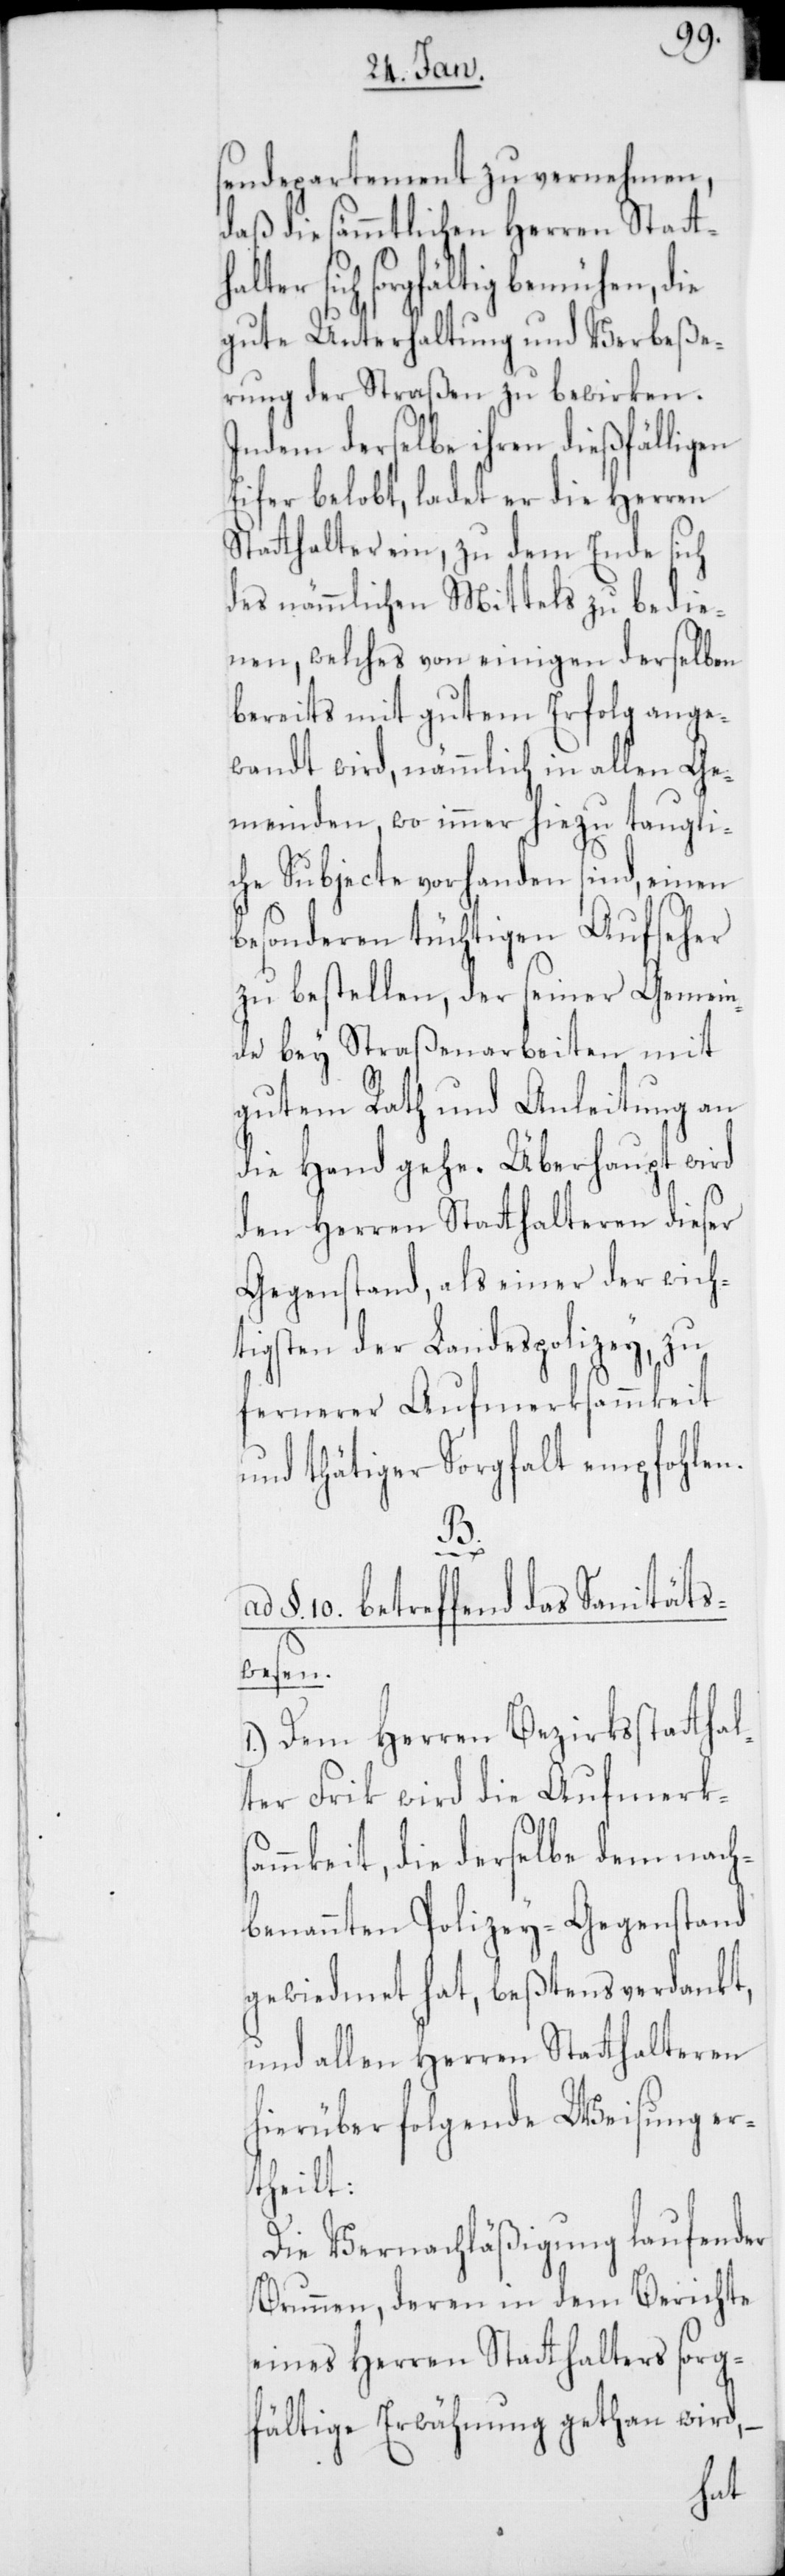
sendepartement zu vernehmen,
daß die sämmtlichen Herren Statt¬
alter sich sorgfältig bemühen, die
gute Unterhaltung und Verbeße¬
rung der Straßen zu bewirken.
Indem derselbe ihren dießfälligen
Eifer belobt, ladet er die Herren
Statthalter ein, zu dem Ende sich
des nämmlichen Mittels zu bedie¬
nen, welches von einigen derselben
bereits mit gutem Erfolg ange¬
wandt wird, nämmlich in allen Ge¬
meinden, wo immer hiezu taugli¬
che Subjecte vorhanden sind, einen
besonderen tüchtigen Aufseher
zu bestellen, der seiner Gemein¬
de bey Straßenarbeiten mit
gutem Rath und Anleitung an
die Hand gehe. Überhaupt wird
den Herren Statthalteren dieser
Gegenstand, als einer der wich¬
tigsten der Landespolizey, zu
fernerer Aufmerksammkeit
und thätiger Sorgfalt empfohlen.
B.
§ 10, betreffend das Sanitäts¬
wesen.
1.) Dem Herren Bezirksstatthal¬
ter Frick wird die Aufmerks¬
amkeit, die derselbe dem nach¬
benannten Polizey-Gegenstand
gewidmet hat, beßtens verdankt,
und allen Herren Statthalteren
hierüber folgende Weisung er¬
theilt:
Die Vernachläßigung laufender
Brunnen, deren in dem Berichte
eines Herren Statthalters sorg¬
fältige Erwähnung gethan wird,